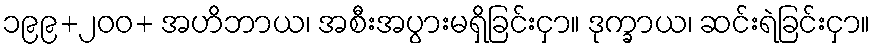
၁၉၉+၂၀၀+ အဟိဘာယ၊ အစီးအပွားမရှိခြင်းငှာ။ ဒုက္ခာယ၊ ဆင်းရဲခြင်းငှာ။